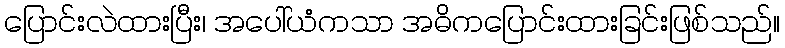
ပြောင်းလဲထားပြီး၊ အပေါ်ယံကသာ အဓိကပြောင်းထားခြင်းဖြစ်သည်။